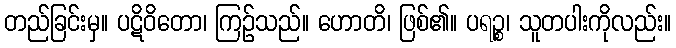
တည်ခြင်းမှ။ ပဋိဝိတော၊ ကြဉ်သည်။ ဟောတိ၊ ဖြစ်၏။ ပရဉ္စ၊ သူတပါးကိုလည်း။